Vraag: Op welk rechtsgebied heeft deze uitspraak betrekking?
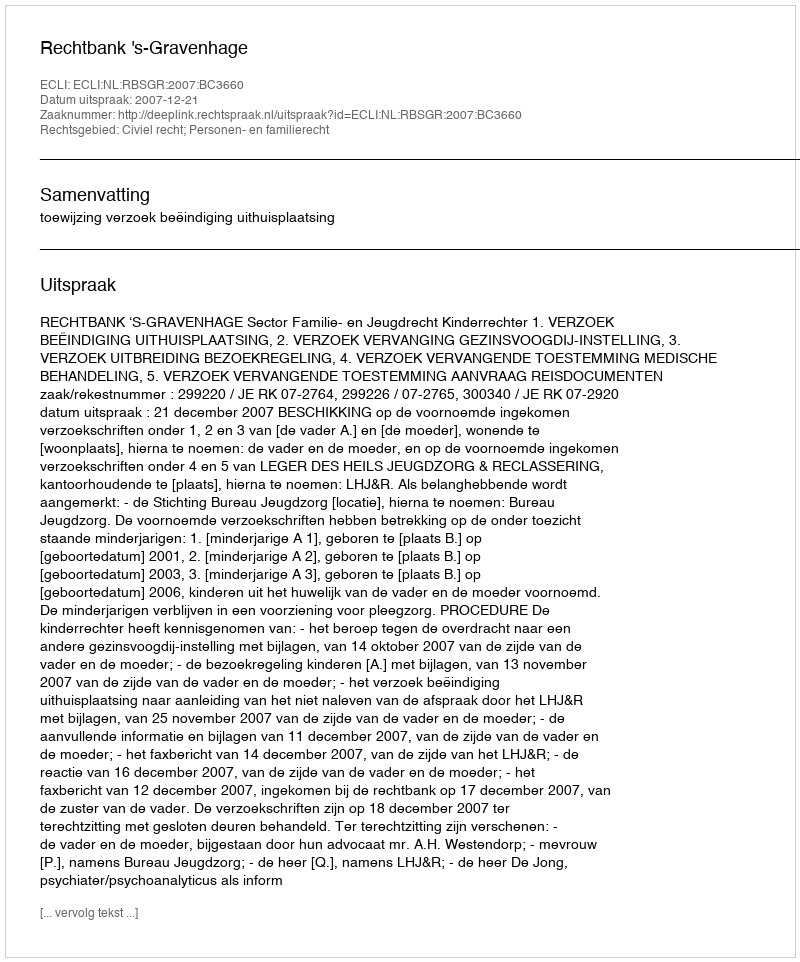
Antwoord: Civiel recht; Personen- en familierecht